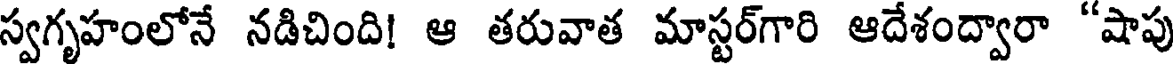
స్వగృహంలోనే నడిచింది! ఆ తరువాత మాస్టర్గారి ఆదేశంద్వారా "షాపు